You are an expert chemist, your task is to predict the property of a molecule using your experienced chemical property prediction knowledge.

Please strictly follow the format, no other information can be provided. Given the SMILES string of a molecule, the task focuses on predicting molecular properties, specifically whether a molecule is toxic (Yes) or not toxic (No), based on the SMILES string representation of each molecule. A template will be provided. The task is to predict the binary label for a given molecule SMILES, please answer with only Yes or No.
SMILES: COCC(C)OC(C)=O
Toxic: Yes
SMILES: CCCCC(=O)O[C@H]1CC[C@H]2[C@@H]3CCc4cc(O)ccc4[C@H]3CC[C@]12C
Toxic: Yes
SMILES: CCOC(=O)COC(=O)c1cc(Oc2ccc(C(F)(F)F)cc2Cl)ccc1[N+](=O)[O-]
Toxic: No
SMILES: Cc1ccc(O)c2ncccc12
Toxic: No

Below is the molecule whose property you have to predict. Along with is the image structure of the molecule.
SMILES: CCCOC(=O)c1cc(O)c(O)c(O)c1
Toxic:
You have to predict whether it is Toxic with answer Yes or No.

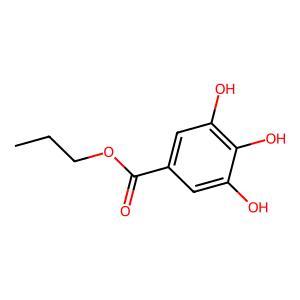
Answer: No